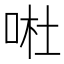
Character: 𠴗